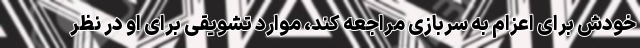
خودش برای اعزام به سربازی مراجعه کند، موارد تشویقی برای او در نظر